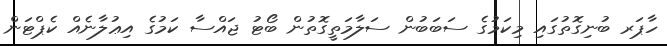
ހާޕަރ ބުނިގޮތުގައި މިކަމުގެ ސަބަބުން ސަލާމަތީގޮތުން ބޯޓު ޖައްސާ ކަމުގެ އިޢުލާނެއް ކެޕްޓަން